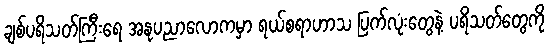
ချစ်ပရိသတ်ကြီးရေ အနုပညာလောကမှာ ရယ်စရာဟာသ ပြက်လုံးတွေနဲ့ ပရိသတ်တွေကို